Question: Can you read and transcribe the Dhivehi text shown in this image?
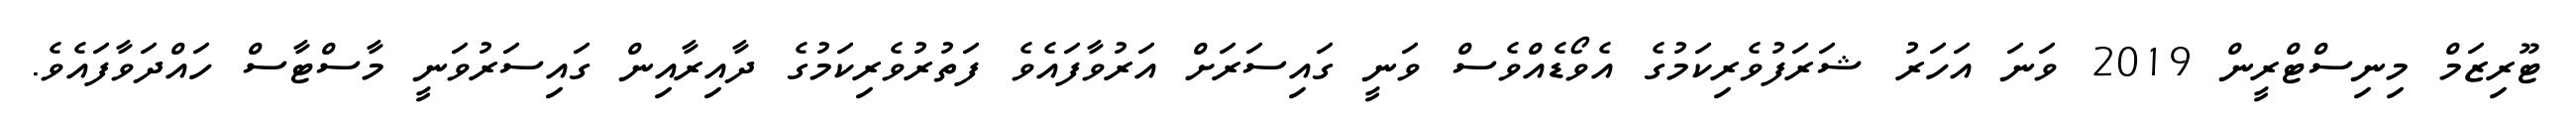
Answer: ޓޫރިޒަމް މިނިސްޓްރީން 2019 ވަނަ އަހަރު ޝަރަފުވެރިކަމުގެ އެވޯޑެއްވެސް ވަނީ ގައިސަރަށް އަރުވާފައެވެ ފަތުރުވެރިކަމުގެ ދާއިރާއިން ގައިސަރުވަނީ މާސްޓާސް ހައްދަވާފައެވެ.